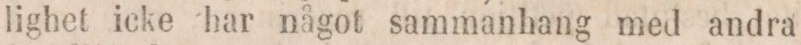
lighet icke har något sammanhang med andra